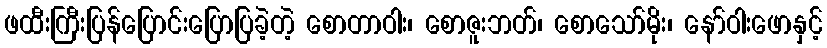
ဖထီးကြီးပြန်ပြောင်းပြောပြခဲ့တဲ့ စောတာဝါး၊ စောဇူးဘတ်၊ စောသော်မိုး၊ နော်ဝါးဖောနှင့်